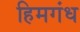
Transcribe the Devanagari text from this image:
हिमगंध